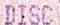
DISC